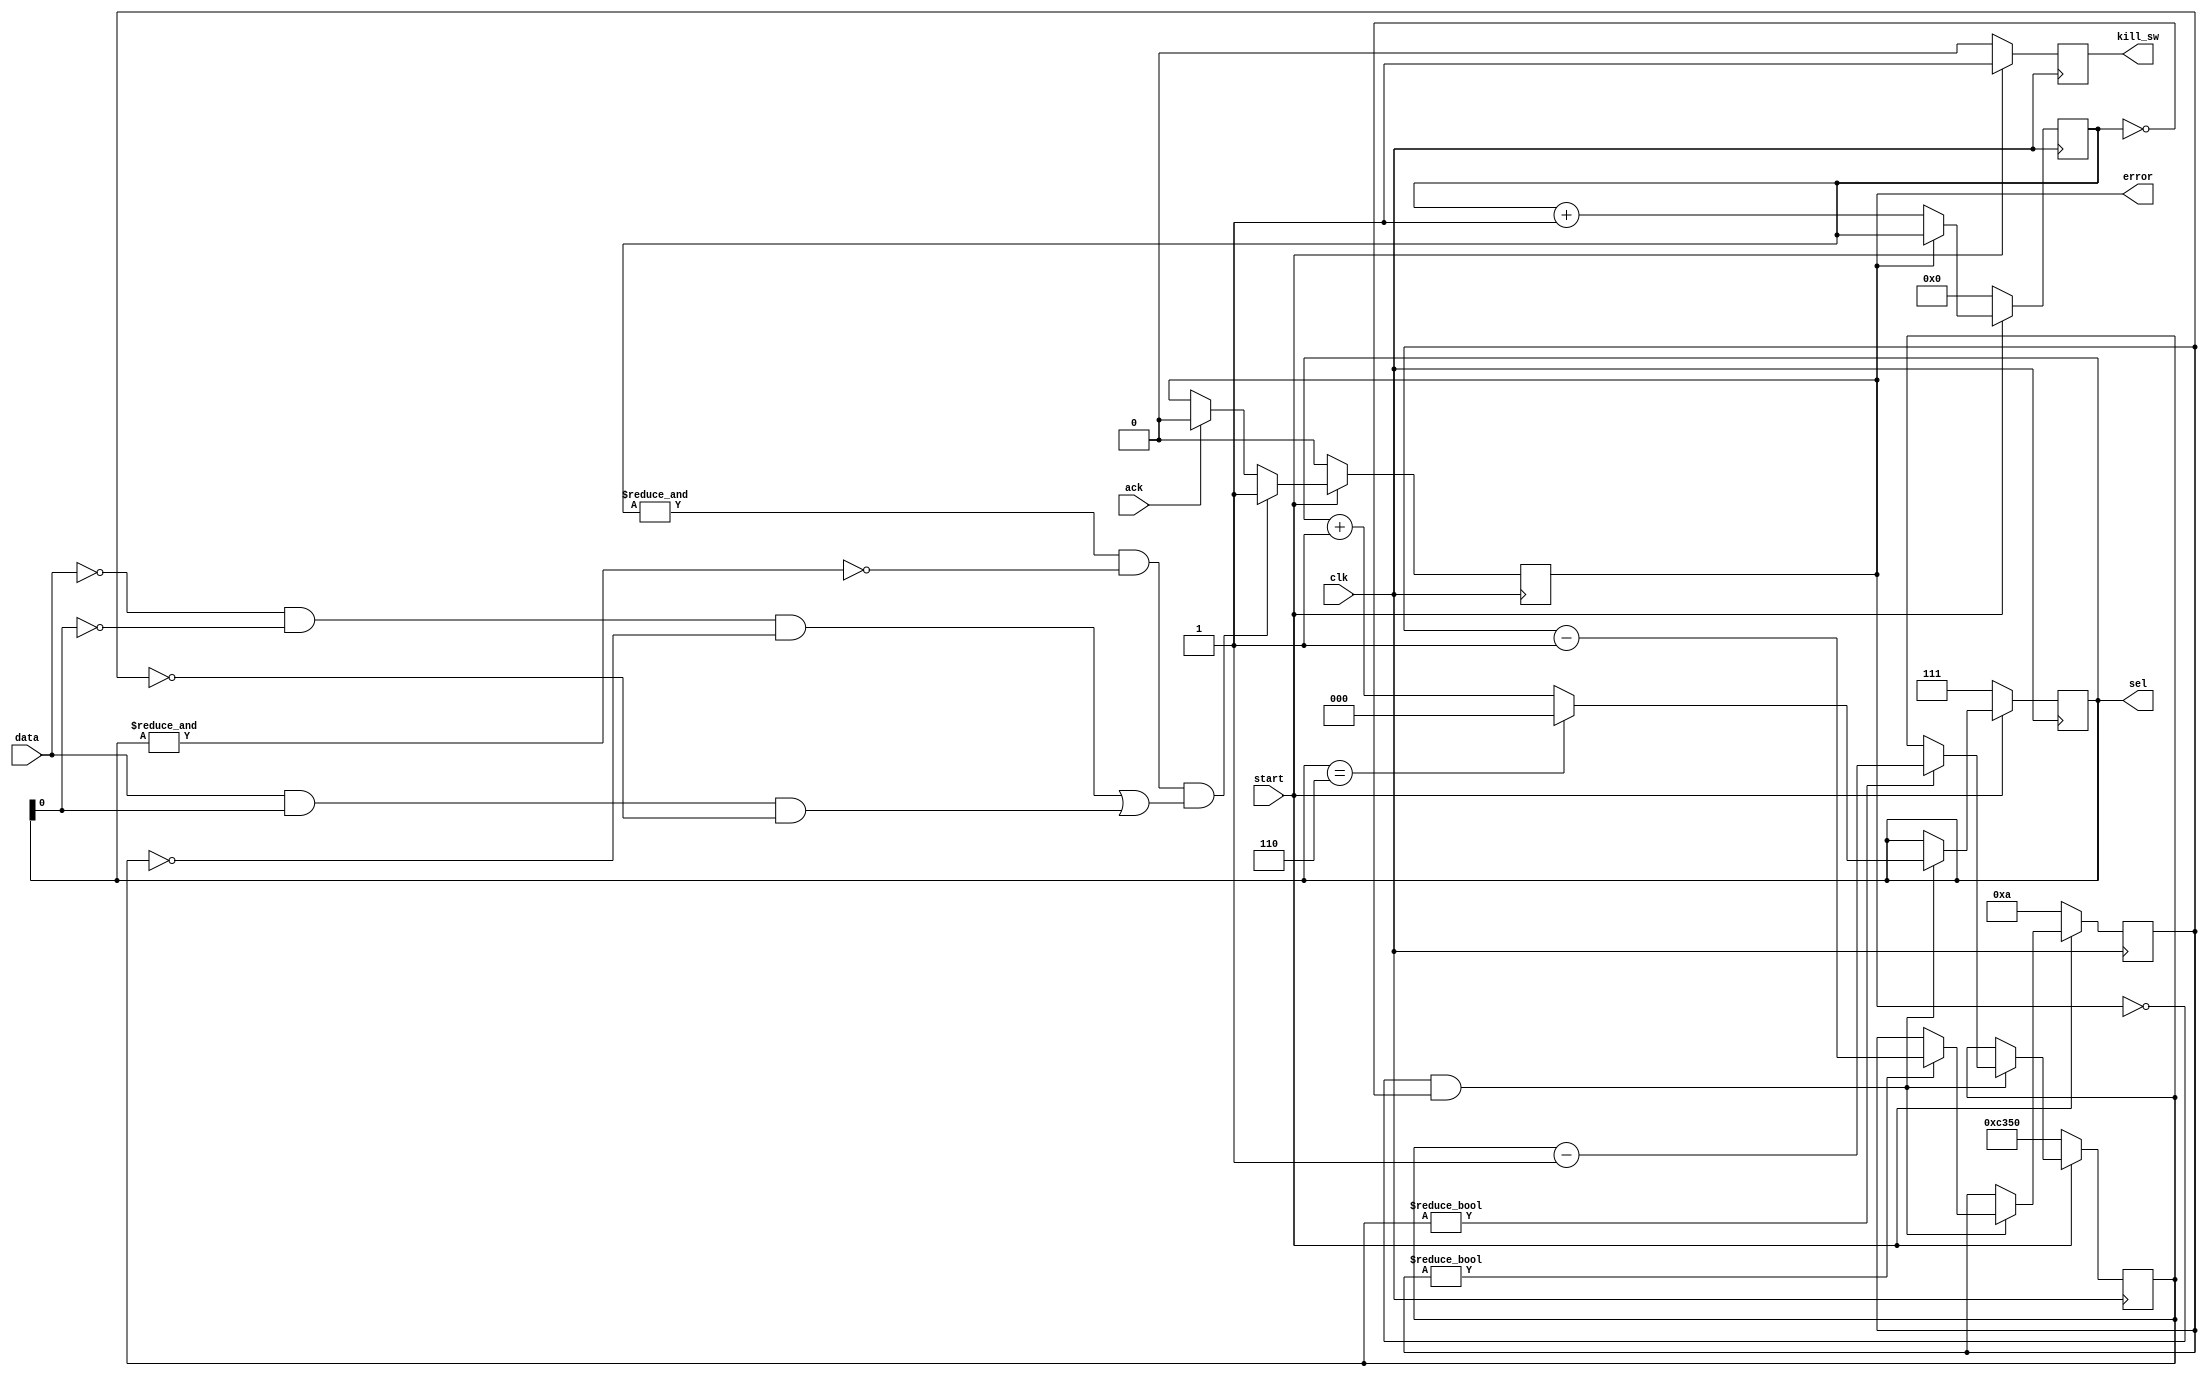
// Power management
//
// Allows the FPGA to turn on and off power, as well as monitor voltage levels

// Ignore overvoltage errors for 10 cycles or 5kHz
`define OVERVOLT_GRACE 4'd10
// Ignore undervoltage errors for 50000 cycles or 10s
`define UNDERVOLT_GRACE 16'd50000

module power_management (
  output reg kill_sw,
  output reg [2:0] sel,
  output error,
  input ack,
  input data,
  input start, /* Signal to turn on power */
  input clk /* 50 MHz */
);

  reg [9:0] wait_cnt; /* Overflow at ~49 KHz */
  reg [3:0] overvolt_grace_cnt;
  reg [15:0] undervolt_grace_cnt;
  reg error_reg;

  always @(posedge clk)
  // Wait state (until start is high)
  if (start == 1'd0)
  begin
    kill_sw <= 1'b0;
    sel <= 3'b111;
    wait_cnt = 10'd0;
    error_reg = 1'b0;
    overvolt_grace_cnt = `OVERVOLT_GRACE;
    undervolt_grace_cnt = `UNDERVOLT_GRACE;
  end
  // Monitor voltage levels continuously
  else
  begin
    kill_sw <= 1'b1;
    if (!error_reg)
      wait_cnt <= wait_cnt + 10'd1;
    if (ack)
      error_reg <= 1'b0;
    if (!error_reg && wait_cnt == 10'd0)
    begin
      if (overvolt_grace_cnt != 4'd0)
        overvolt_grace_cnt <= overvolt_grace_cnt - 4'd1;
      if (undervolt_grace_cnt != 16'd0)
        undervolt_grace_cnt <= undervolt_grace_cnt - 16'd1;
      if (sel == 3'd6)
      begin
        sel <= 3'b000;
      end
      else
        sel <= sel + 3'b001;
    end
    // Check input after waiting a ~49 KHz cycle (ignore when sel is 111)
    // Power off if data is Low on an Even check or High on an Odd check
    if (&wait_cnt && !(&sel)
        && ((data == 1'b0 && sel[0] == 1'b0 && undervolt_grace_cnt == 6'd0)
        || (data == 1'b1 && sel[0] == 1'b1 && overvolt_grace_cnt == 20'd0)))
    begin
      error_reg <= 1'd1;
    end
  end

  assign error = error_reg;

endmodule